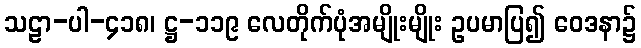
သဠာ-ပါ-၄၁၈၊ ဋ္ဌ-၁၁၉ လေတိုက်ပုံအမျိုးမျိုး ဥပမာပြ၍ ဝေဒနာ၌